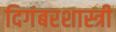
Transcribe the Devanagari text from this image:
दिगंबरशास्त्री